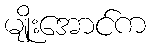
မျိုးအောင်က